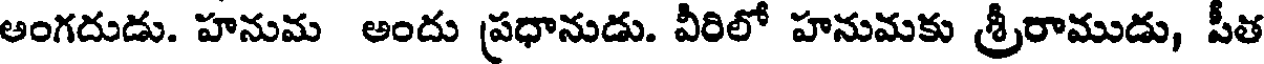
అంగదుడు. హనుమ అందు ప్రధానుడు. వీరిలో హనుమకు శ్రీరాముడు, పీత